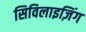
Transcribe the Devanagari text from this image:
सिविलाइज़िंग